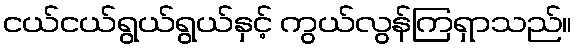
ငယ်ငယ်ရွယ်ရွယ်နှင့် ကွယ်လွန်ကြရှာသည်။